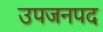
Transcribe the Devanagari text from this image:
उपजनपद